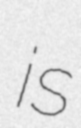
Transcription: is